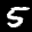
Label: 5